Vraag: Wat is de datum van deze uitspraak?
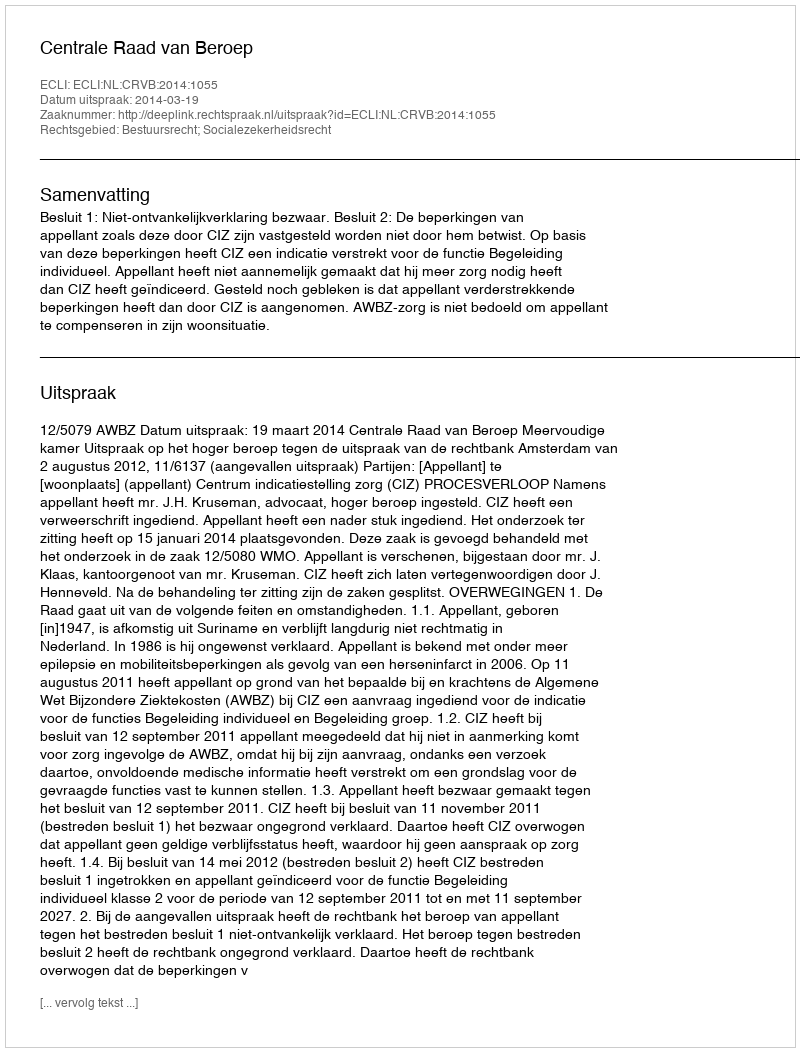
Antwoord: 2014-03-19